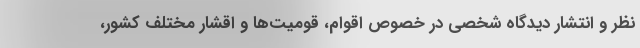
نظر و انتشار دیدگاه شخصی در خصوص اقوام، قومیت‌ها و اقشار مختلف کشور،